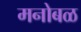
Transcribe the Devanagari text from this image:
मनोबळ